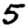
Digit: 5